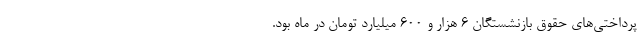
پرداختی‌های حقوق بازنشستگان ۶ هزار و ۶۰۰ میلیارد تومان در ماه بود.